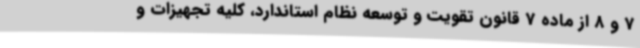
7 و 8 از ماده 7 قانون تقویت و توسعه نظام استاندارد، کلیه تجهیزات و